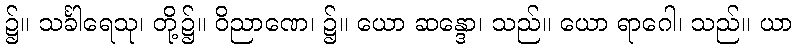
၌။ သင်္ခါရေသု၊ တို့၌။ ဝိညာဏေ၊ ၌။ ယော ဆန္ဒော၊ သည်။ ယော ရာဂေါ၊ သည်။ ယာ